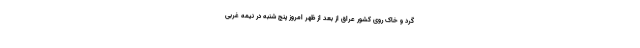
گرد و خاک روی کشور عراق از بعد از ظهر امروز پنج شنبه در نیمه غربی